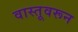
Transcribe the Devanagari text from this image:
वास्तूवरून